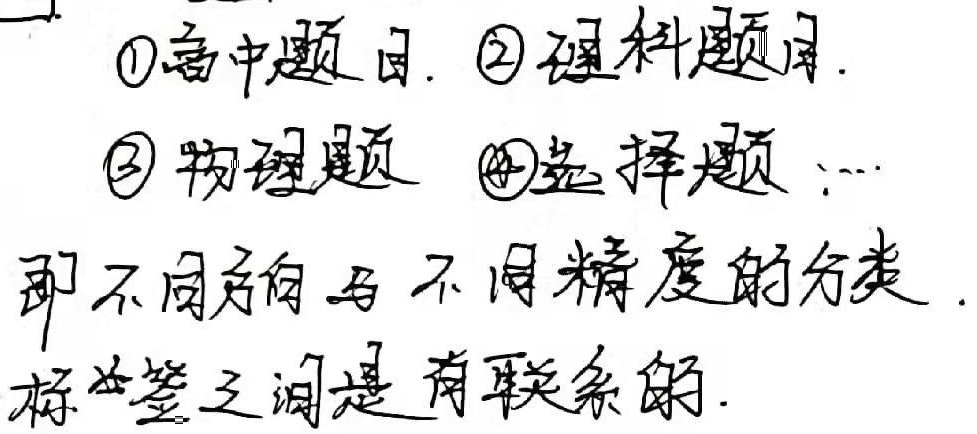
\textcircled{1}高中题目.
\textcircled{2}理科题目.
\textcircled{3}物理题
\textcircled{4}选择题;即不同方向与不同精度的分类.标签之间是有联系的.